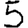
Digit: 5